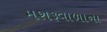
મશરૂવાળાના